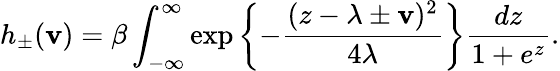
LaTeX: h_{\pm}(\mathbf{v})=\beta\int_{-\infty}^{\infty}\exp\left\lbrace-\frac{{(z-\lambda\pm\mathbf{v})^{2}}}{{4\lambda}}\right\rbrace\frac{{dz}}{{1+e^{z}}}.